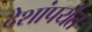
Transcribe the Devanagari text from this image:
देशांपर्यंत